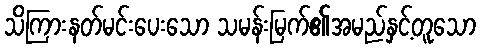
သိကြားနတ်မင်းပေးသော သမန်းမြက်၏အမည်နှင့်တူသော